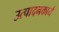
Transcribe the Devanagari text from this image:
उत्पादनकार्य